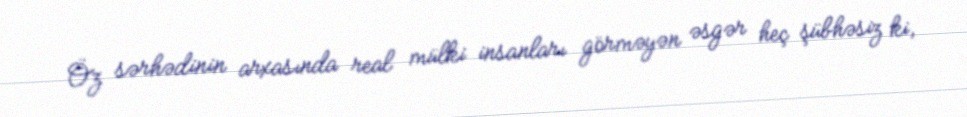
Öz sərhədinin arxasında real mülki insanları görməyən əsgər heç şübhəsiz ki,